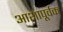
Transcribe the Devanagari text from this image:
आशापूर्वक